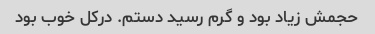
حجمش زیاد بود و گرم رسید دستم. درکل خوب بود